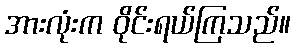
အားလုံးက ဝိုင်းရယ်ကြသည်။